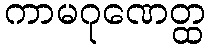
ကာမဂုဏေတ္ထ